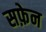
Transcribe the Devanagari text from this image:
सफ़ेन